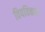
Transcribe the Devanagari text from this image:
विषविकार